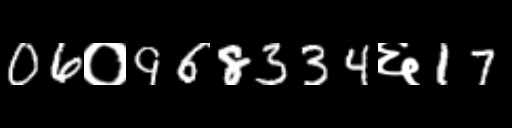
Text: 06०968334६17